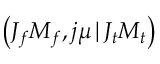
\left( J _ { f } M _ { f } , j \mu \, | \, J _ { t } M _ { t } \right)